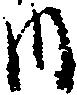
内